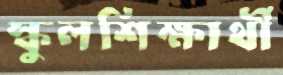
স্কুলশিক্ষার্থী